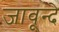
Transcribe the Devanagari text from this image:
जावून्दे